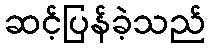
ဆင့်ပြန်ခဲ့သည်